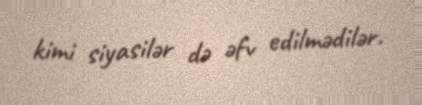
kimi siyasilər də əfv edilmədilər.